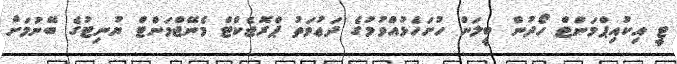
ޓީ އިކުއިޕްމަންޓް ހޯދުން ބީލަން ހުށަހެޅުއްވުމުގެ ދަޢުވަތު ޕްރޮޖެކްޓް މެނޭޖްމަންޓް ޔުނިޓުގެ ބޭނުމަށް